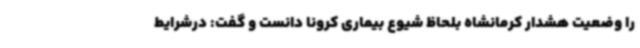
را وضعیت هشدار کرمانشاه بلحاظ شیوع بیماری کرونا دانست و گفت: درشرایط